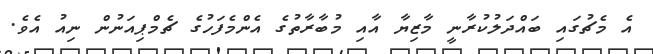
އެ މެޗުގައި ބައްދަލުކުރާނީ މާޒިޔާ އާއި މުބާރާތުގެ އެންމެފަހުގެ ޗެމްޕިއަނުން ނިއު އެވެ.